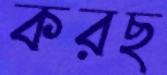
করছ